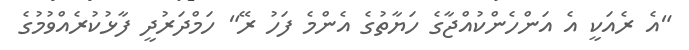
"އެ ރެއަކީ އެ އަންހެންކުއްޖާގެ ހަޔާތުގެ އެންމެ ފަހު ރޭ" ހަމްދަރުދީ ފާޅުކުރެއްވުމުގެ